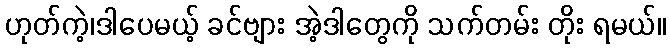
ဟုတ်ကဲ့၊ဒါပေမယ့် ခင်ဗျား အဲ့ဒါတွေကို သက်တမ်း တိုး ရမယ်။